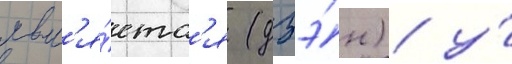
явл'я́етс'я (дзэ́н) / у́